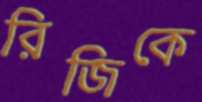
রিজিকে